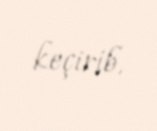
keçirib.